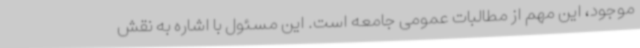
موجود، این مهم از مطالبات عمومی جامعه است. این مسئول با اشاره به نقش